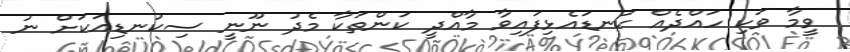
ވީމާ ވަކި ހައްދެއް ކަނޑައެޅިފައިވާ މާއްދީ ކަންތަކާ މެދު ނޫނީ ސިކުނޑިއަކަށް ނު